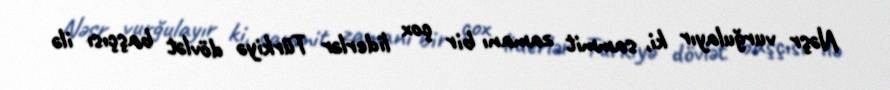
Nəşr vurğulayır ki, sammit zamanı bir çox liderlər Türkiyə dövlət başçısı ilə